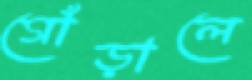
গোঁড়ালে